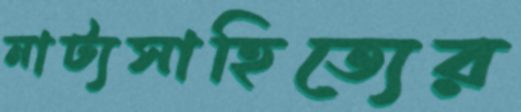
নাট্যসাহিত্যের